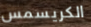
الكريسمس